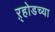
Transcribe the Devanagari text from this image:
ऱ्होडच्या